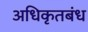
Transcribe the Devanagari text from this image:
अधिकृतबंध